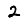
Digit: 2